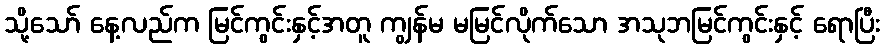
သို့သော် နေ့လည်က မြင်ကွင်းနှင့်အတူ ကျွန်မ မမြင်လိုက်သော အသုဘမြင်ကွင်းနှင့် ရောပြီး